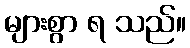
များစွာ ရ သည်။